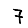
Digit: 7